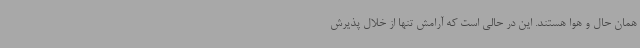
همان حال و هوا هستند. این در حالی است که آرامش تنها از خلال پذیرش